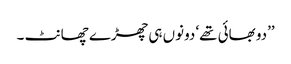
’’دو بھائی تھے‘ دونوں ہی چھڑے چھانٹ ۔